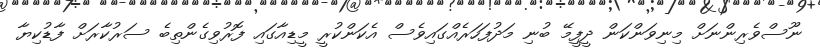
ނޫސްވެރިންނަށް މިނިވަންކަން ދީފީމޭ ބުނި މަދުފަހަރެއްގައިވެސް އެކަންކުރީ މީޑިއާގައި ފޮރުވިގެންތިބެ ސަރުކާރަށް ފާޑުކިޔާ